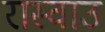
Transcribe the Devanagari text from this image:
रास्वाउ